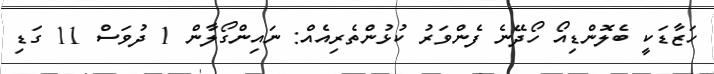
ހަޒާޑަކީ ބެލޮންޑިއޯ ހޯދޭނެ ފެންވަރު ކުޅުންތެރިއެއް: ނައިންގޯލާން 1 ދުވަސް 11 ގަޑި